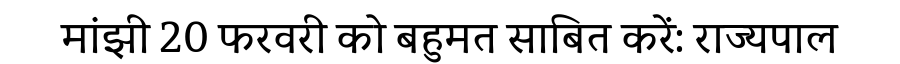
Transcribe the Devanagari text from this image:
मांझी 20 फरवरी को बहुमत साबित करें: राज्यपाल